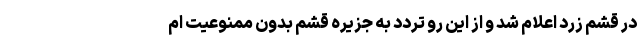
در قشم زرد اعلام شد و از این رو تردد به جزیره قشم بدون ممنوعیت ام